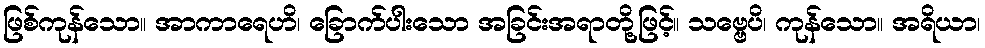
ဖြစ်ကုန်သော။ အာကာရေဟိ၊ ခြောက်ပါးသော အခြင်းအရာတို့ဖြင့်။ သဗ္ဗေပိ၊ ကုန်သော။ အရိယာ၊